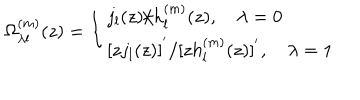
\Omega _ { \lambda l } ^ { ( m ) } ( z ) = \left\{ \begin{array} { l } { { j _ { l } ( z ) / h _ { l } ^ { ( m ) } ( z ) , \quad \lambda = 0 } } \\ { { \left[ z j _ { l } ( z ) \right] ^ { ' } / [ z h _ { l } ^ { ( m ) } ( z ) ] ^ { ' } , \quad \lambda = 1 } } \\ \end{array} \right.